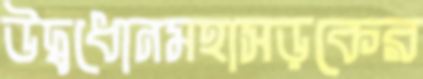
উদ্বধোনমহাসড়কের